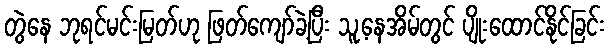
တွဲနေ ဘုရင်မင်းမြတ်ဟု ဖြတ်ကျော်ခဲ့ပြီး သူ့နေအိမ်တွင် ပျိုးထောင်နိုင်ခြင်း